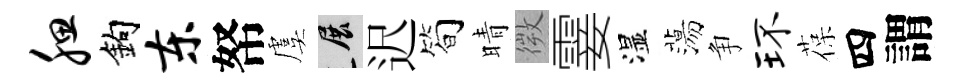
腮鈎东帑虞展迟简晴微霎湿蕩争环葆四謂